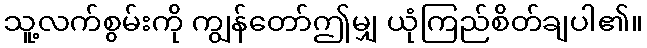
သူ့လက်စွမ်းကို ကျွန်တော်ဤမျှ ယုံကြည်စိတ်ချပါ၏။